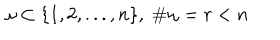
\omega \subset \{ 1 , 2 , . . . , n \} , \; \# \omega = r < n